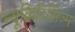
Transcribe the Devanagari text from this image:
न्यूक्रिटिसिज्म